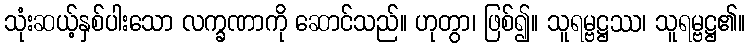
သုံးဆယ့်နှစ်ပါးသော လက္ခဏာကို ဆောင်သည်။ ဟုတွာ၊ ဖြစ်၍။ သူရမ္ဗဋ္ဌဿ၊ သူရမ္ဗဋ္ဌ၏။